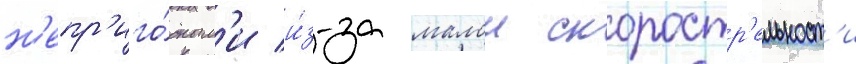
н'епр'иго́дным'и и́з-за малои скоростр'ельност'и